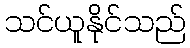
သင်ယူနိုင်သည်